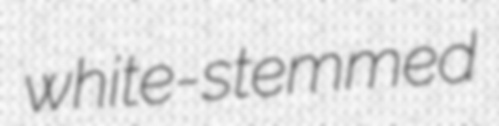
white-stemmed